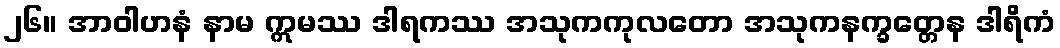
၂၆။ အာဝါဟနံ နာမ ဣမဿ ဒါရကဿ အသုကကုလတော အသုကနက္ခတ္တေန ဒါရိကံ